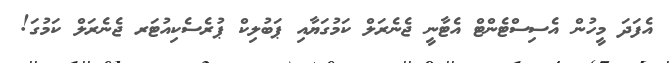
އެފަދަ މީހުން އެސިސްޓެންޓް އެޓާނީ ޖެނެރަލް ކަމުގަޔާއި ޕަބުލިކް ޕުރެސެކިއުޓަރ ޖެނެރަލް ކަމުގަ!